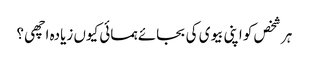
ہر شخص کو اپنی بیوی کی بجائے ہمسائی کیوں زیادہ اچھی ؟